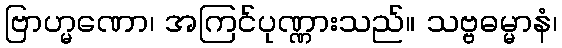
ဗြာဟ္မဏော၊ အကြင်ပုဏ္ဏားသည်။ သဗ္ဗဓမ္မာနံ၊